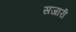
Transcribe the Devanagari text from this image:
सजारी